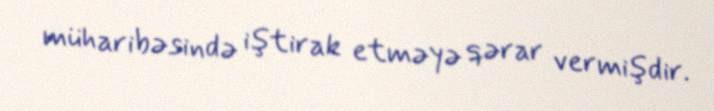
müharibəsində iştirak etməyə qərar vermişdir.